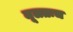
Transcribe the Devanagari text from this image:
मूलतःच